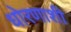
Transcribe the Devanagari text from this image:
धोरणाशी